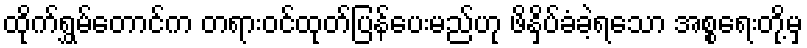
ထိုက်ရွှမ်တောင်က တရားဝင်ထုတ်ပြန်ပေးမည်ဟု ဖိနှိပ်ခံခဲ့ရသော အစ္စရေးတို့မှ